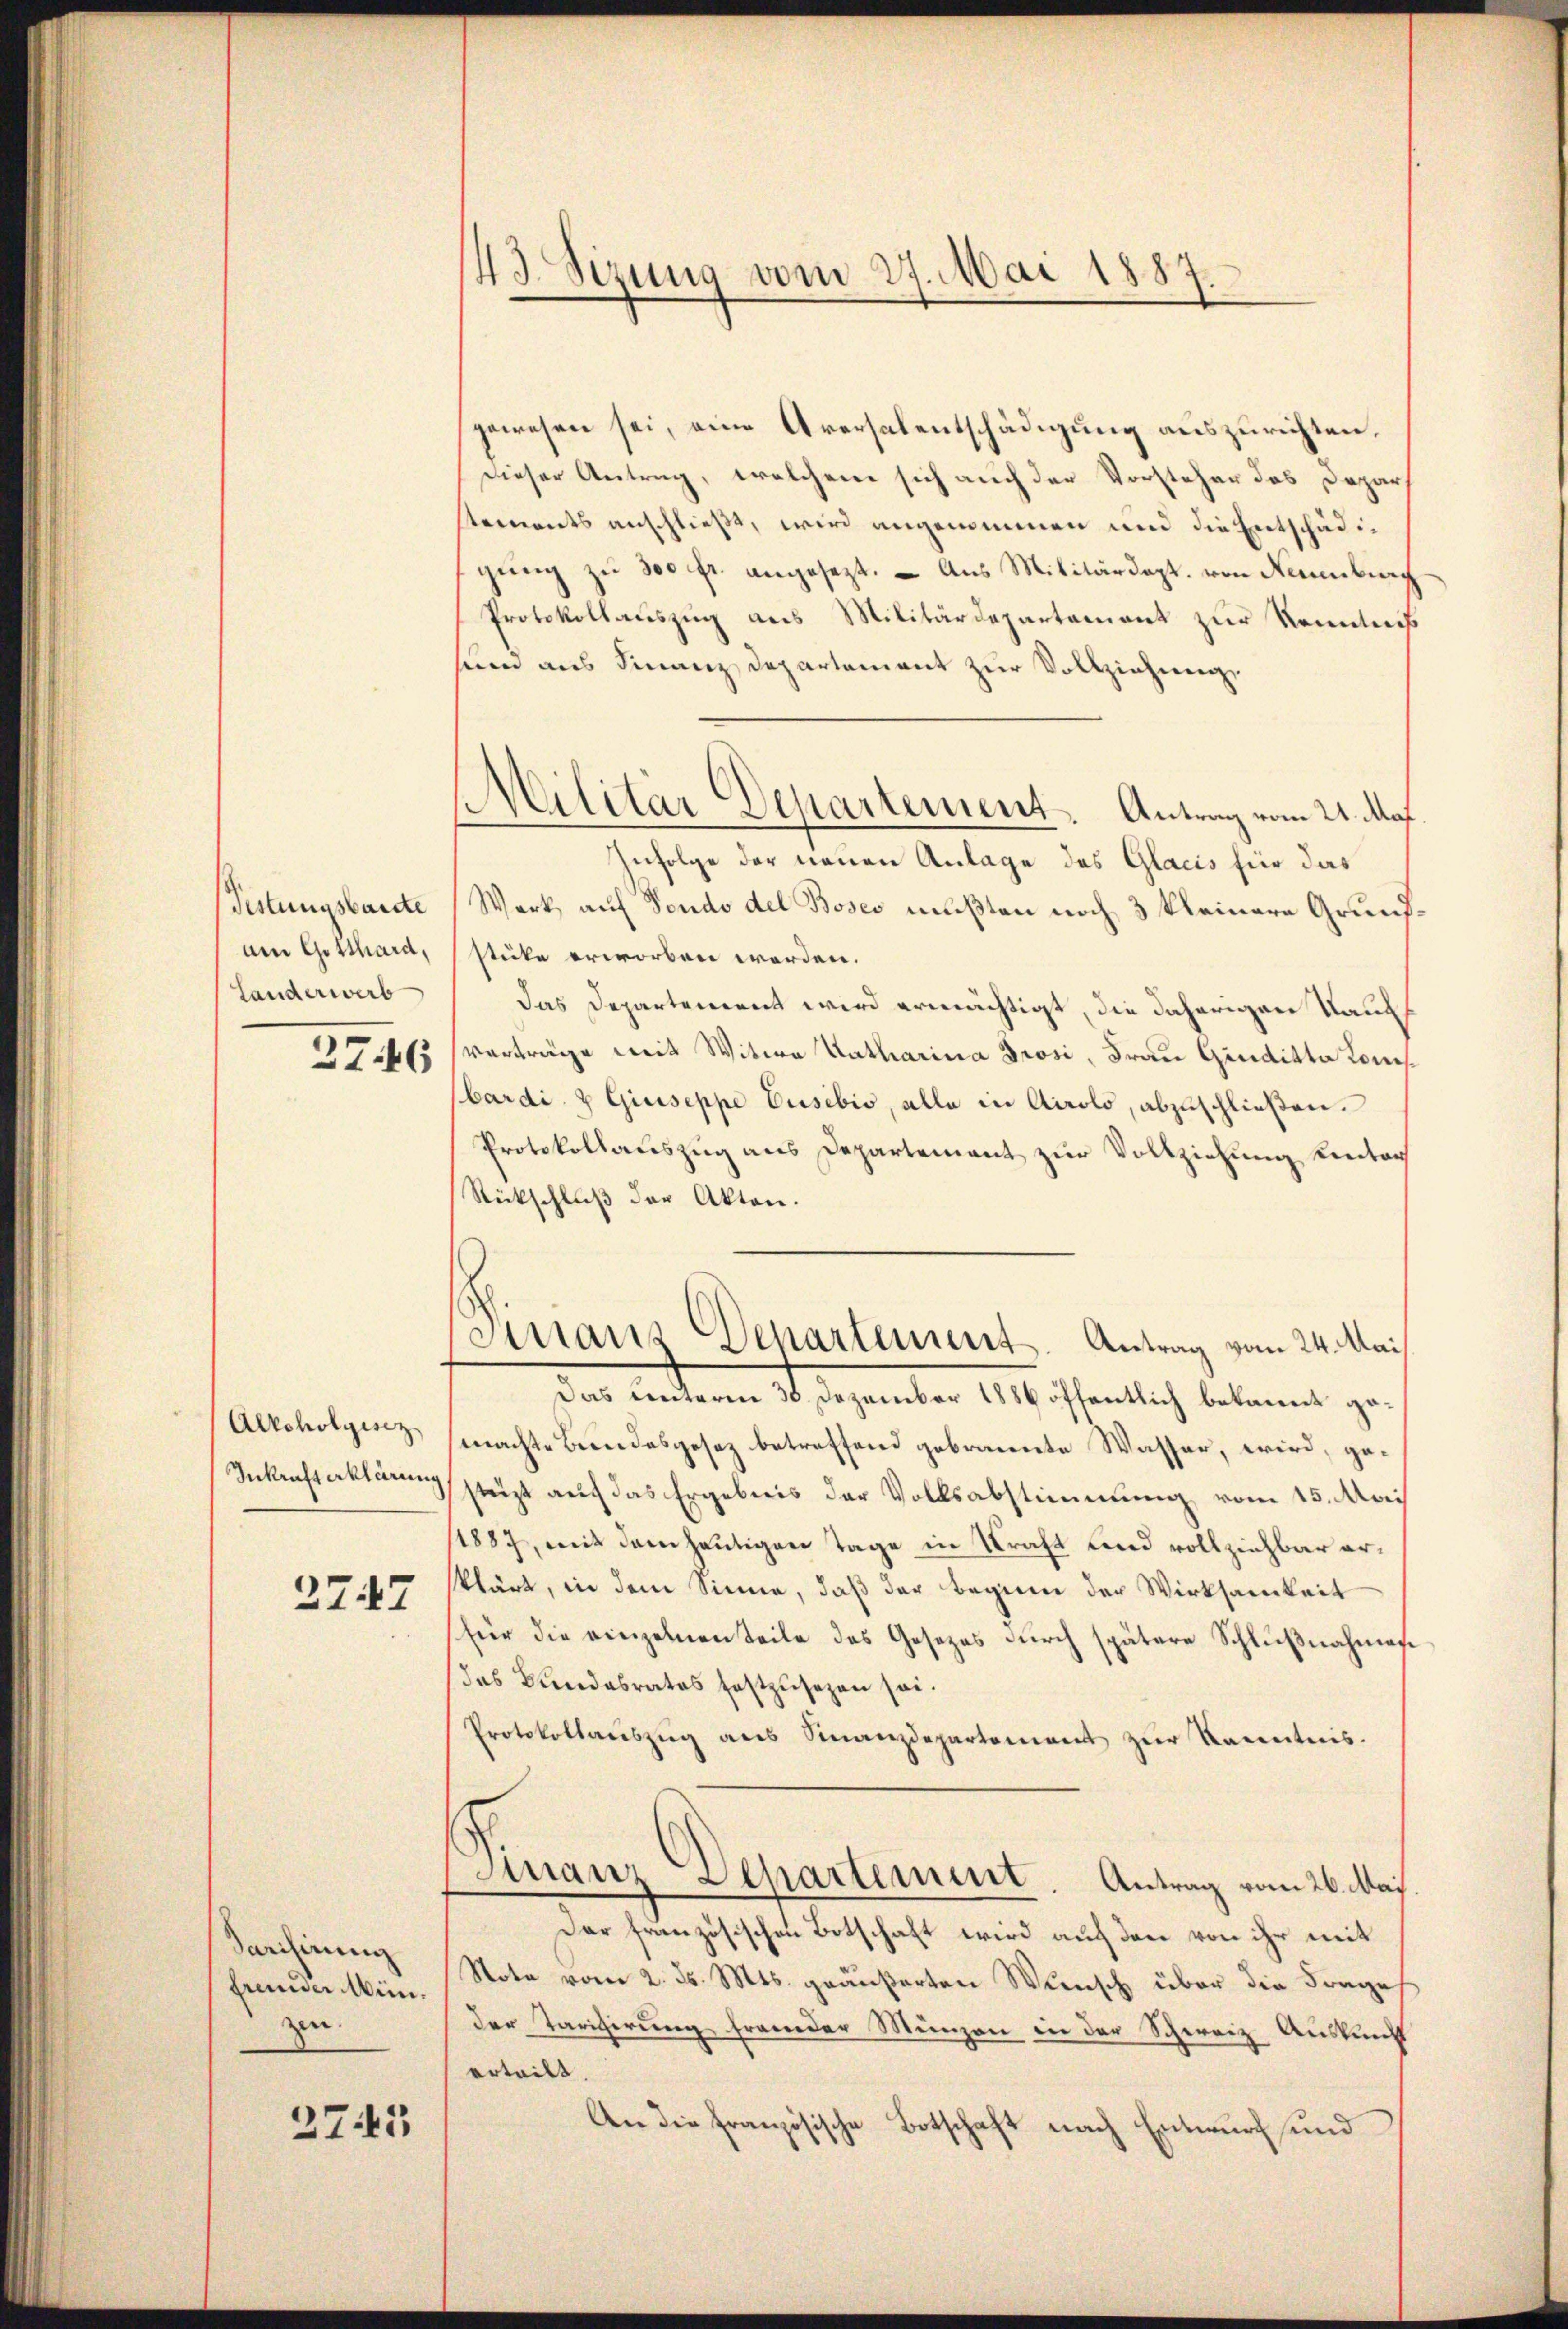
Festungsbaute
am Gotthard,
Landerwerb

27.46

Alkoholgesez
Inkraft erklärung

3747

Parisirung
fremder Min.
zi

2745

43. Sizung vom 27. Mai 1884
.

gewesen sei, eine Aversalentschädigung auszurichten,
Dieser Antrag, welchem sich auch der Vorsteher das Depar
stements anschließe, wird angenommen und die Entschädigŭng zu 300 fr. angesezt. - Aus Militärdept. von Neuenburg
Protokollauszug aus Militärdepartament zur Kenntnis
seen aus Finanzdepartement zur Vollziehung,
Infolge der neuen Anlage des Glarus für das
Werk, auf Fondo del Boses mußten noch 3 kleinere Grundstücke erworben werden.
das Departement wird ermächtigt, die daherigen Raub
verträge mit Witwe Katharina Grosi, Frau Genaitte Konsbardi & Giuseppe usibio, alle in Airolo, abzuschließen.
Protokollauszug aus Departement zur Vollziehung unter
Rückschluß der Akten.
Vissans Departement-Antrag vom 24. Mai
Das Centeren 30 Dezember 1886 öffentlich bekannt gemachte Bundesgesez betreffend gebrannte Wasser, wird, gestüzt auf das Ergebnis der Volksabstimmung vom 15. Mai
/1887, mit dem heutigen Tage in Kraft und vollziehbar erklärt, in dem Sinne, daß der beginn der Wirksamkeit
für die einzelnen Teile des Gesetzes durch spätere Schlußnahmen
das Bundesrates festzusezen sei.
Protokollaŭszŭg ans Finanzdepartement zŭr Kenntnis.
Finanz Separtement. Antrag vom 26. Mai
Der französischen Botschaft wird auch den von ihr mit
Note vom 2. ds. Mts. geäußerten Wünsch über die Frages
der Tarifirung frander Münzen in der Schweiz Auskunft
erteilt.
An die Französische Botschaft nach Entwurf und

s
Cilitär Departement. Antrag vom 21. Auf